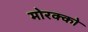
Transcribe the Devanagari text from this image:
मोरक्‍को